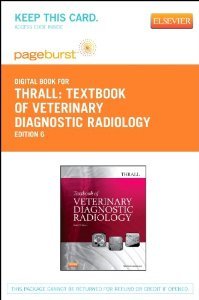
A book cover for Textbook of Veterinary Diagnostic Radiology - Pageburst E-Book on VitalSource (Retail Access Card), 6e (Pageburst Digital Book) [Paperback] [2012] 6 Ed. Donald E. Thrall DVM PhD DACVR; Medical Books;